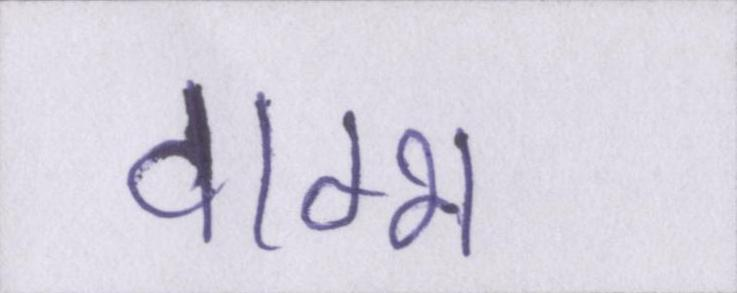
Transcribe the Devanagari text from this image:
वाग्भट